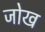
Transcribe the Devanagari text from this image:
जोख